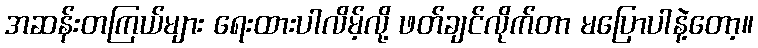
အဆန်းတကြယ်များ ရေးထားပါလိမ့်လို့ ဖတ်ချင်လိုက်တာ မပြောပါနဲ့တော့။